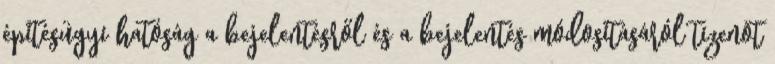
építésügyi hatóság a bejelentésről és a bejelentés módosításáról tizenöt